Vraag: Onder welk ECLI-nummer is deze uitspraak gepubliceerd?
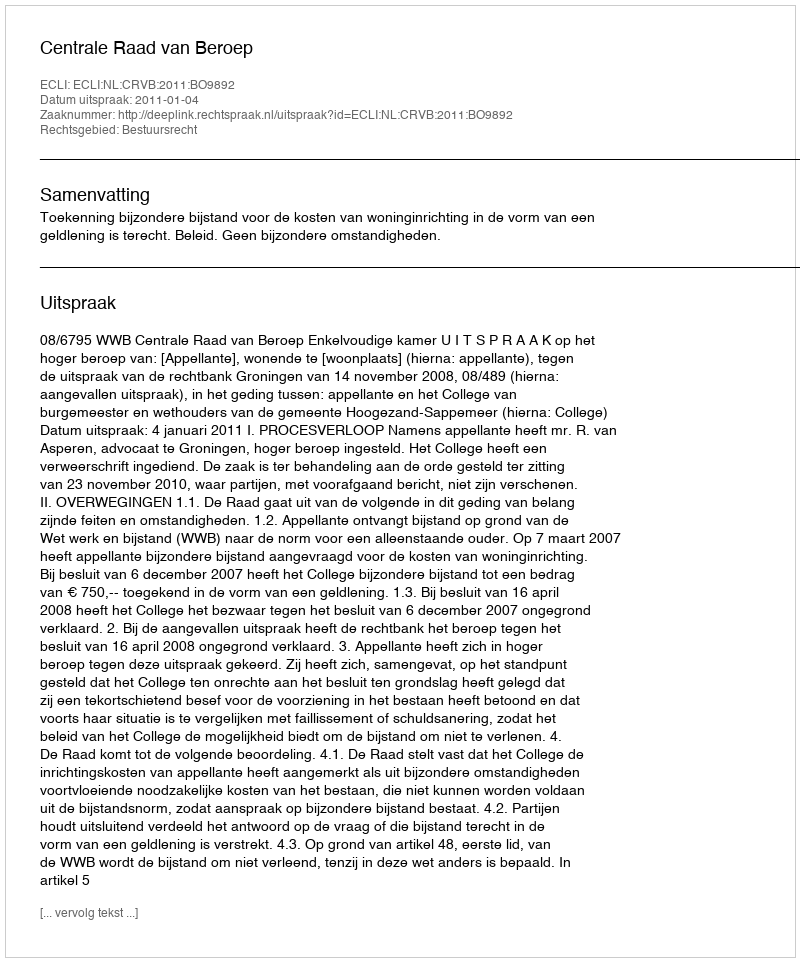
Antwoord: ECLI:NL:CRVB:2011:BO9892